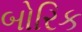
બોરિક